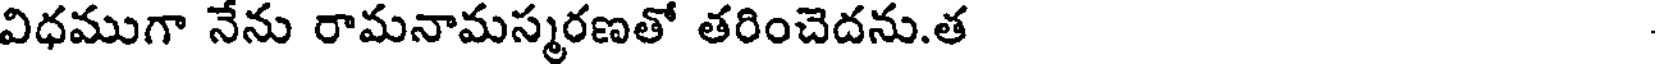
విధముగా నేను రామనామస్మరణతో తరించెదను.త